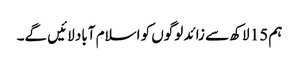
ہم 15 لاکھ سے زائد لوگوں کو اسلام آباد لائیں گے۔